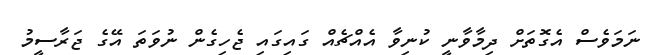
ނަމަވެސް އެގޮތަށް ދިމާވާނީ ކުނިވާ އެއްޗެއް ގައިގައި ޖެހިގެން ނުވަތަ އޭގެ ޖަރާސީމު